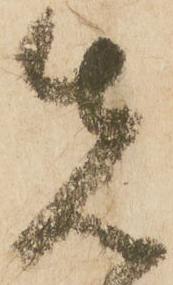
先